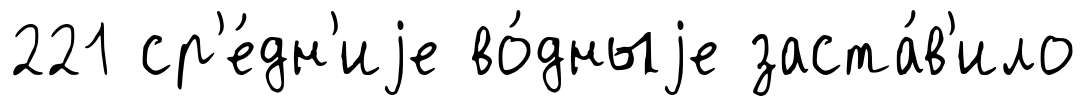
221 ср'е́дн'иjе во́дныjе заста́в'ило